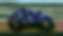
উচ